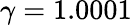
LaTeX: \gamma=1.0001